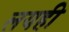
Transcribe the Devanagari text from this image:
लयही